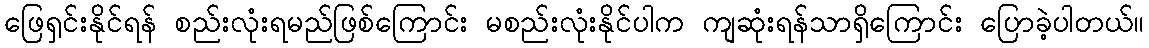
ဖြေရှင်းနိုင်ရန် စည်းလုံးရမည်ဖြစ်ကြောင်း မစည်းလုံးနိုင်ပါက ကျဆုံးရန်သာရှိကြောင်း ပြောခဲ့ပါတယ်။